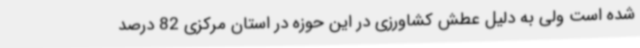
شده است ولی به دلیل عطش کشاورزی در این حوزه در استان مرکزی 82 درصد